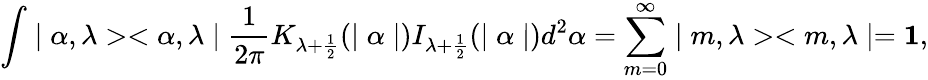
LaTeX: \int\mid\alpha,\lambda><\alpha,\lambda\mid{\frac{1}{2\pi}}K_{\lambda+\frac{1}{2}}(\mid\alpha\mid)I_{\lambda+\frac{1}{2}}(\mid\alpha\mid)d^{2}\alpha=\sum_{m=0}^{\infty}\mid m,\lambda><m,\lambda\mid={\mathbf 1},